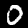
Digit: 0